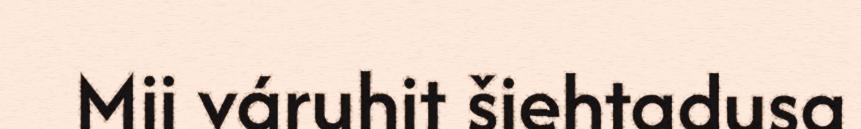
Mii váruhit šiehtadusa